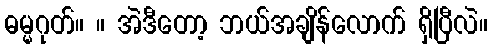
ဓမ္မဂုတ်။ ။ အဲဒီတော့ ဘယ်အချိန်လောက် ရှိပြီလဲ။